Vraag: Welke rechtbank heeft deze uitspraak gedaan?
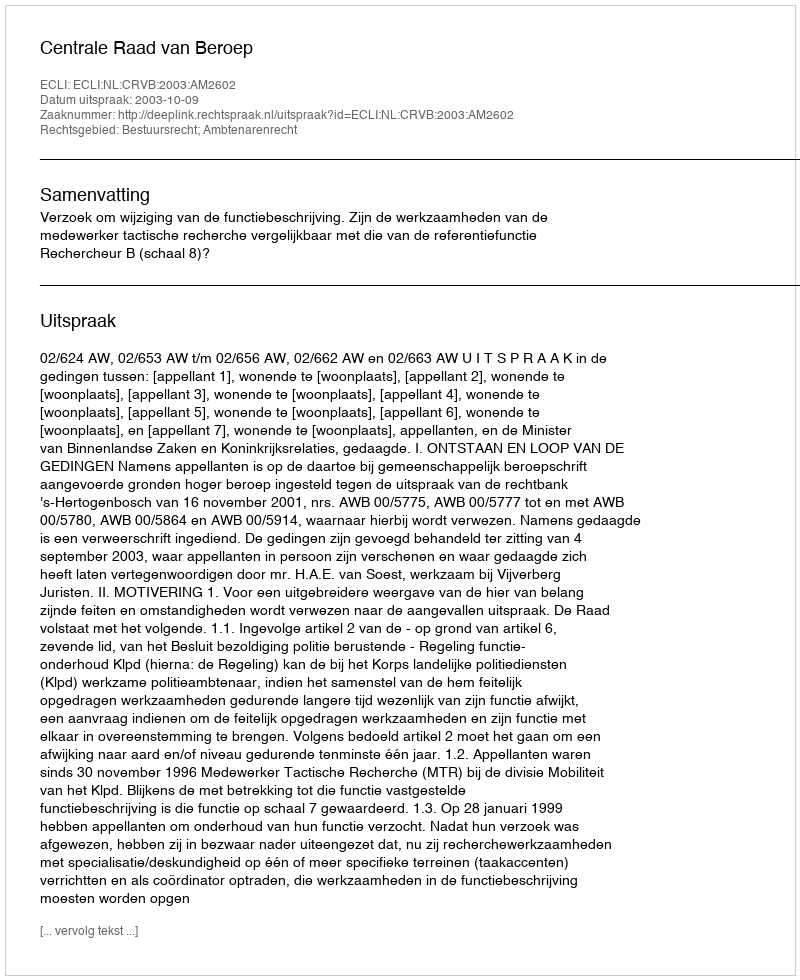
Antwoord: Centrale Raad van Beroep